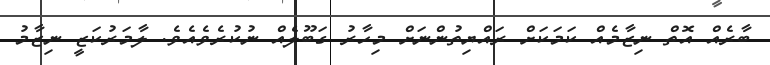
ބާރެއް އޮތް ނިޒާމެއް ކަމަކަށް ރައްޔިތުންނަށް މިހާރު ގަބޫލެއް ނުކުރެވެއެވެ. ލާމަރުކަޒީ ނިޒާމު